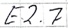
Text: E2.7